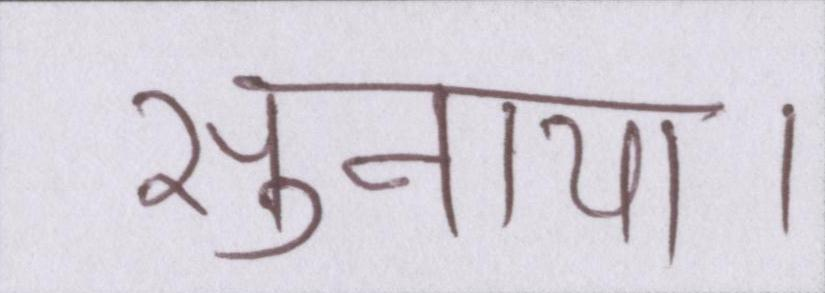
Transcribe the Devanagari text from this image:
सुनाया।